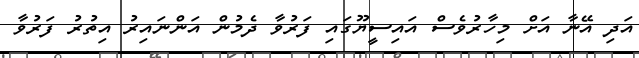
އަދި އޭނާ އަށް މިހާރުވެސް އައިސީޔޫގައި ފަރުވާ ދެމުން އަންނައިރު އިތުރު ފަރުވާ